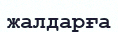
жалдарға